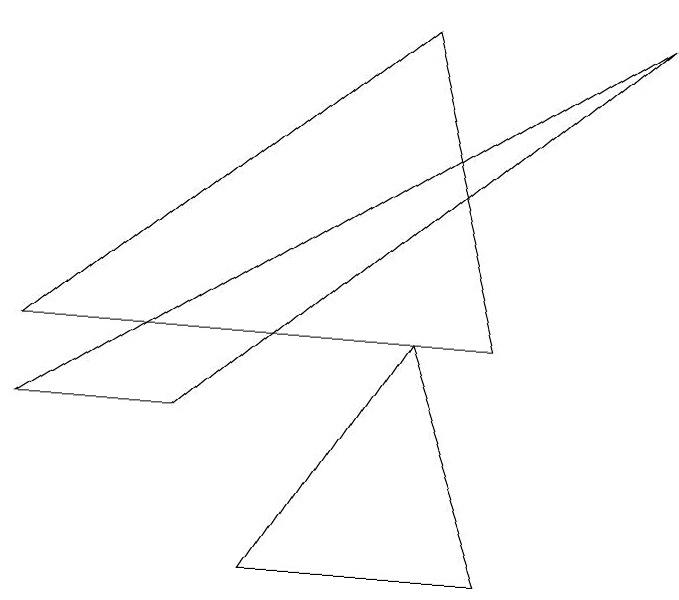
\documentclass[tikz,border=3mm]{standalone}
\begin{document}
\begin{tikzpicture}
\draw (7,3) -- (6,7) -- (1,3) -- cycle;
\draw (7,0) -- (6,3) -- (4,0) -- cycle;
\draw (1,2) -- (9,7) -- (3,2) -- cycle;
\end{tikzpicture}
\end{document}